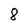
Character: 8